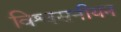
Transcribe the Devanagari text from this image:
विश्वसनीयन